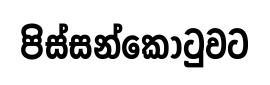
පිස්සන්කොටුවට